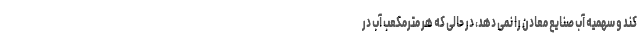
کند و سهمیه آب صنایع معادن را نمی دهد، در حالی که هر مترمکعب آب در